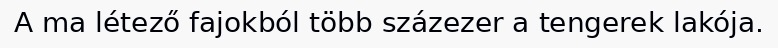
A ma létező fajokból több százezer a tengerek lakója.